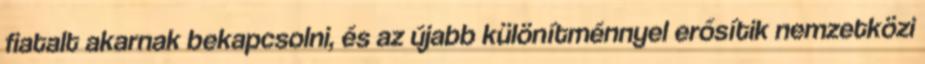
fiatalt akarnak bekapcsolni, és az újabb különítménnyel erősítik nemzetközi